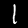
Digit: 1